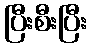
ပြီးစီးပြီး